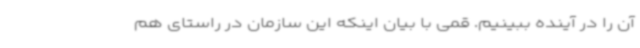
آن را در آینده ببینیم. قمی با بیان اینکه این سازمان در راستای هم